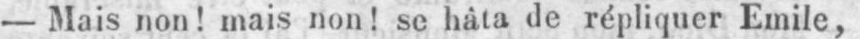
- Mais non! mais non! se hâta de répliquer Emile,